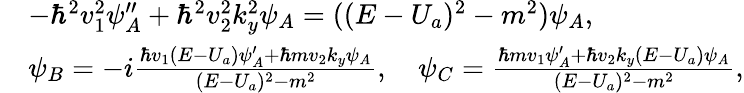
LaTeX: \begin{array}{rl}&{-\hbar^{2}v_{1}^{2}\psi_{A}^{\prime\prime}+\hbar^{2}v_{2}^{2}k_{y}^{2}\psi_{A}=((E-U_{a})^{2}-m^{2})\psi_{A},}\\ &{\psi_{B}=-i\frac{\hbar v_{1}(E-U_{a})\psi_{A}^{\prime}+\hbar mv_{2}k_{y}\psi_{A}}{(E-U_{a})^{2}-m^{2}},\quad\psi_{C}=\frac{\hbar mv_{1}\psi_{A}^{\prime}+\hbar v_{2}k_{y}(E-U_{a})\psi_{A}}{(E-U_{a})^{2}-m^{2}},}\end{array}